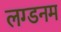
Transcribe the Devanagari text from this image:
लग्डनम